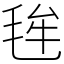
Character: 毪